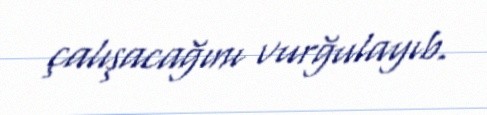
çalışacağını vurğulayıb.